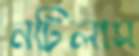
নটিলাস